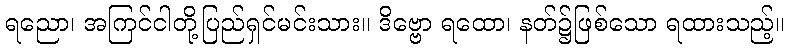
ရညော၊ အကြင်ငါတို့ပြည်ရှင်မင်းသား။ ဒိဗ္ဗော ရထော၊ နတ်၌ဖြစ်သော ရထားသည့်။